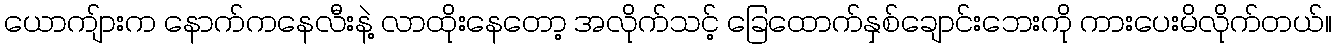
ယောကျ်ားက နောက်ကနေလီးနဲ့ လာထိုးနေတော့ အလိုက်သင့် ခြေထောက်နှစ်ချောင်းဘေးကို ကားပေးမိလိုက်တယ်။